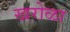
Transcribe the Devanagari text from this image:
खरोळा